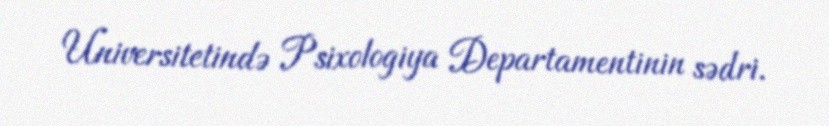
Universitetində Psixologiya Departamentinin sədri.